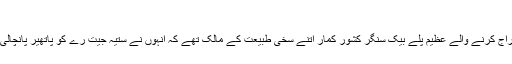
کنجوس نہیں بلکہ رحم دل تھے کشور کمار
ممبئی، 12 اکتوبر (یو این آئی) کروڑ نوجوانوں کے دلوں پر راج کرنے والے عظیم پلے بیک سنگر کشور کمار اتنے سخی طبیعت کے مالک تھے کہ انہوں نے ستیہ جیت رے کو پاتھیر پانچالی بنانے کے لئے اس وقت 5 ہزار روپے کی بھی مدد کی تھی۔